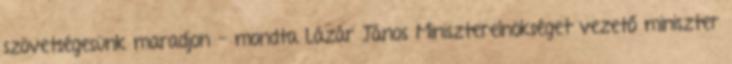
szövetségesünk maradjon - mondta Lázár János Miniszterelnökséget vezető miniszter